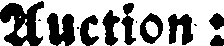
Auction: